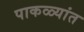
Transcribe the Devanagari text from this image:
पाकळ्यांत